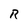
Character: R